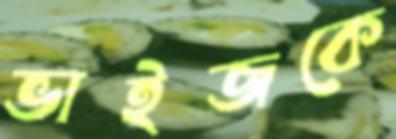
ভাইজকে